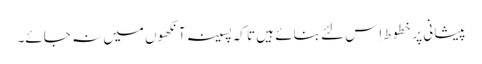
پیشانی پر خطوط اِس لئے بنائے ہیں تا کہ پسینہ آنکھوں میں نہ جائے۔